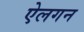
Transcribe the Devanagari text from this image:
ऐलगन